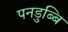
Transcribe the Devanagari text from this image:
पनडुब्बि